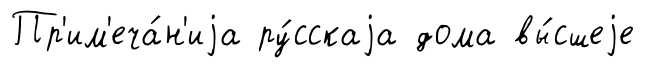
Пр'им'еча́н'иjа ру́сскаjа дома вы́сшеjе